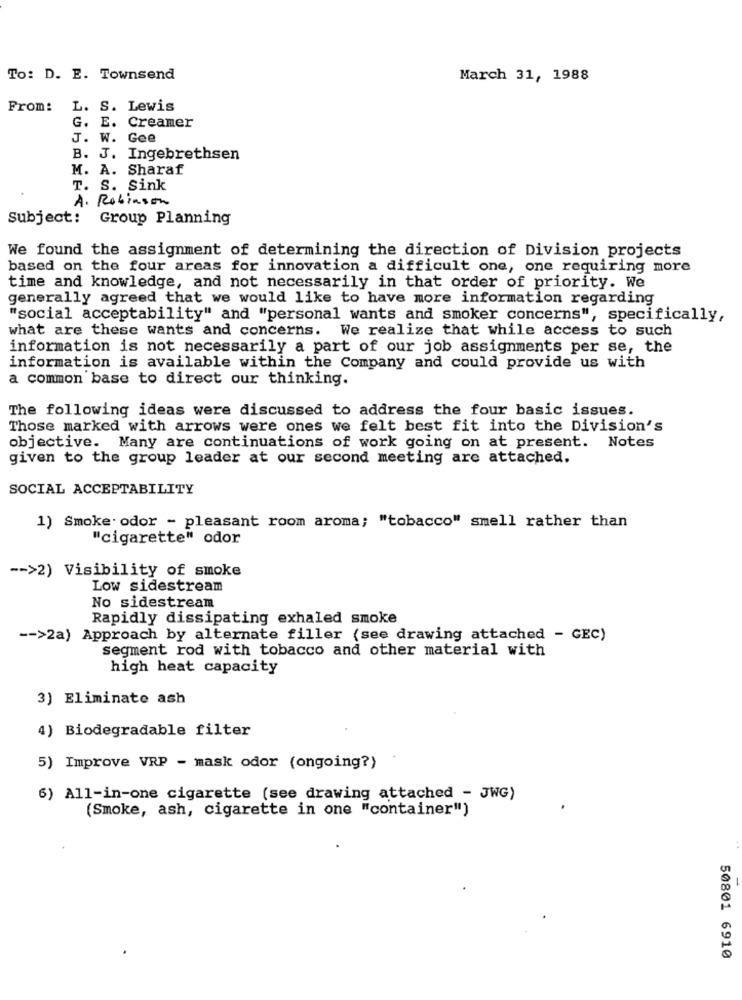
To: D. E. Townsend
March 31, 1988
From:
L. S. Lewis
G. E. Creamer
J. W. Gee
B. J. Ingebrethsen
M. A. Sharaf
T. S. Sink
A. Robinson
Subject: Group Planning
We found the assignment of determining the direction of Division projects
based on the four areas for innovation a difficult one, one requiring more
time and knowledge, and not necessarily in that order of priority. We
generally agreed that we would like to have more information regarding
"social acceptability" and "personal wants and smoker concerns", specifically,
what are these wants and concerns. We realize that while access to such
information is not necessarily a part of our job assignments per se, the
information is available within the Company and could provide us with
a common base to direct our thinking.
The following ideas were discussed to address the four basic issues.
Those marked with arrows were ones we felt best fit into the Division's
objective. Many are continuations of work going on at present. Notes
given to the group leader at our second meeting are attached.
SOCIAL ACCEPTABILITY
1) Smoke odor - pleasant room aroma; "tobacco" smell rather than
"cigarette" odor
-- >2) Visibility of smoke
Low sidestream
No sidestream
Rapidly dissipating exhaled smoke
-- >2a) Approach by alternate filler (see drawing attached - GEC)
segment rod with tobacco and other material with
high heat capacity
3) Eliminate ash
4) Biodegradable filter
5) Improve VRP - mask odor (ongoing?)
6) All-in-one cigarette (see drawing attached - JWG)
(Smoke, ash, cigarette in one "container")
50801 6910